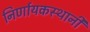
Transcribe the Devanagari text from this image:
निर्णायकस्थानी